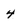
Character: 4